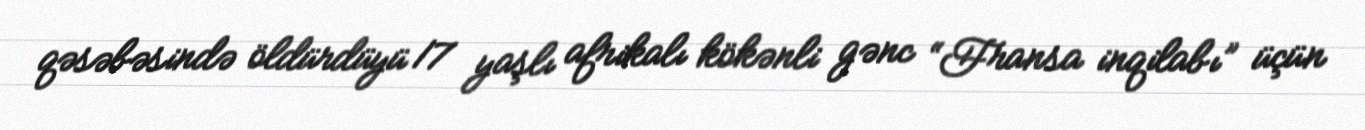
qəsəbəsində öldürdüyü 17 yaşlı afrikalı kökənli gənc “Fransa inqilabı” üçün